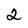
Character: 2